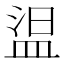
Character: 𰜕